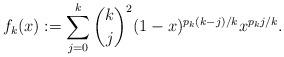
LaTeX: \begin{align*}f_k(x) := \sum_{j=0}^{k} \dbinom{k}{j}^2 (1-x)^{p_k(k-j)/k} x^{p_k j/k}.\end{align*}